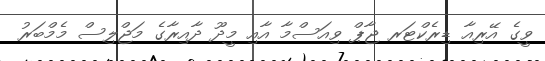
ވީގެ އޭރިއާ ޑިރެކްޓަރ ޖާޕް ވިއަސްމާ އާއި މީދޫ ދާއިރާގެ މަޖްލިސް މެމްބަރު